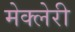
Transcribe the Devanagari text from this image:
मेक्लेरी